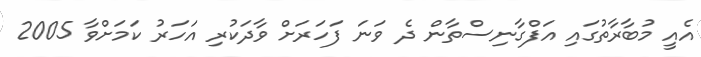
އެއީ މުބާރާތުގައި އަފްގާނިސްތާން ދެ ވަނަ ފަހަރަށް ވާދަކުރި އަހަރު ކަމަށްވާ 2005